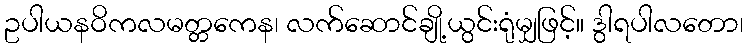
ဥပါယနဝိကလမတ္တကေန၊ လက်ဆောင်ချို့ယွင်းရုံမျှဖြင့်။ ဒွါရပါလတော၊